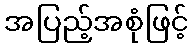
အပြည့်အစုံဖြင့်